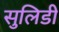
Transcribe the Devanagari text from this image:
सुलिडी